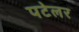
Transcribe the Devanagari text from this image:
पटेलर